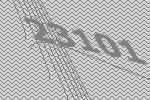
23101